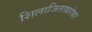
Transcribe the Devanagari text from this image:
शिलाजिताबरोबर